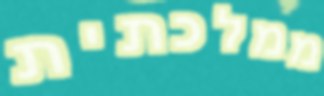
ממלכתית